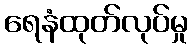
ရေနံထုတ်လုပ်မှု